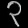
Digit: ၃